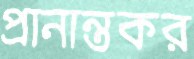
প্রানান্তকর